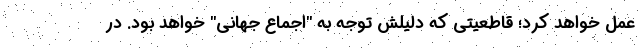
عمل خواهد کرد؛ قاطعیتی که دلیلش توجه به "اجماع جهانی" خواهد بود. در